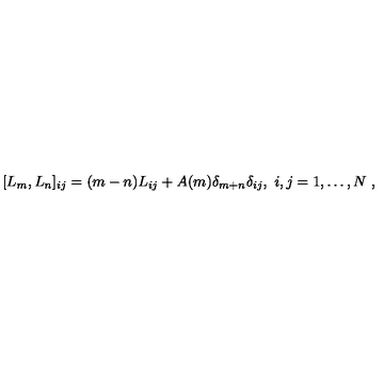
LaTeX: [ L _ { m } , L _ { n } ] _ { i j } = ( m - n ) L _ { i j } + A ( m ) \delta _ { m + n } \delta _ { i j } , \ i , j = 1 , \dots , N \ ,